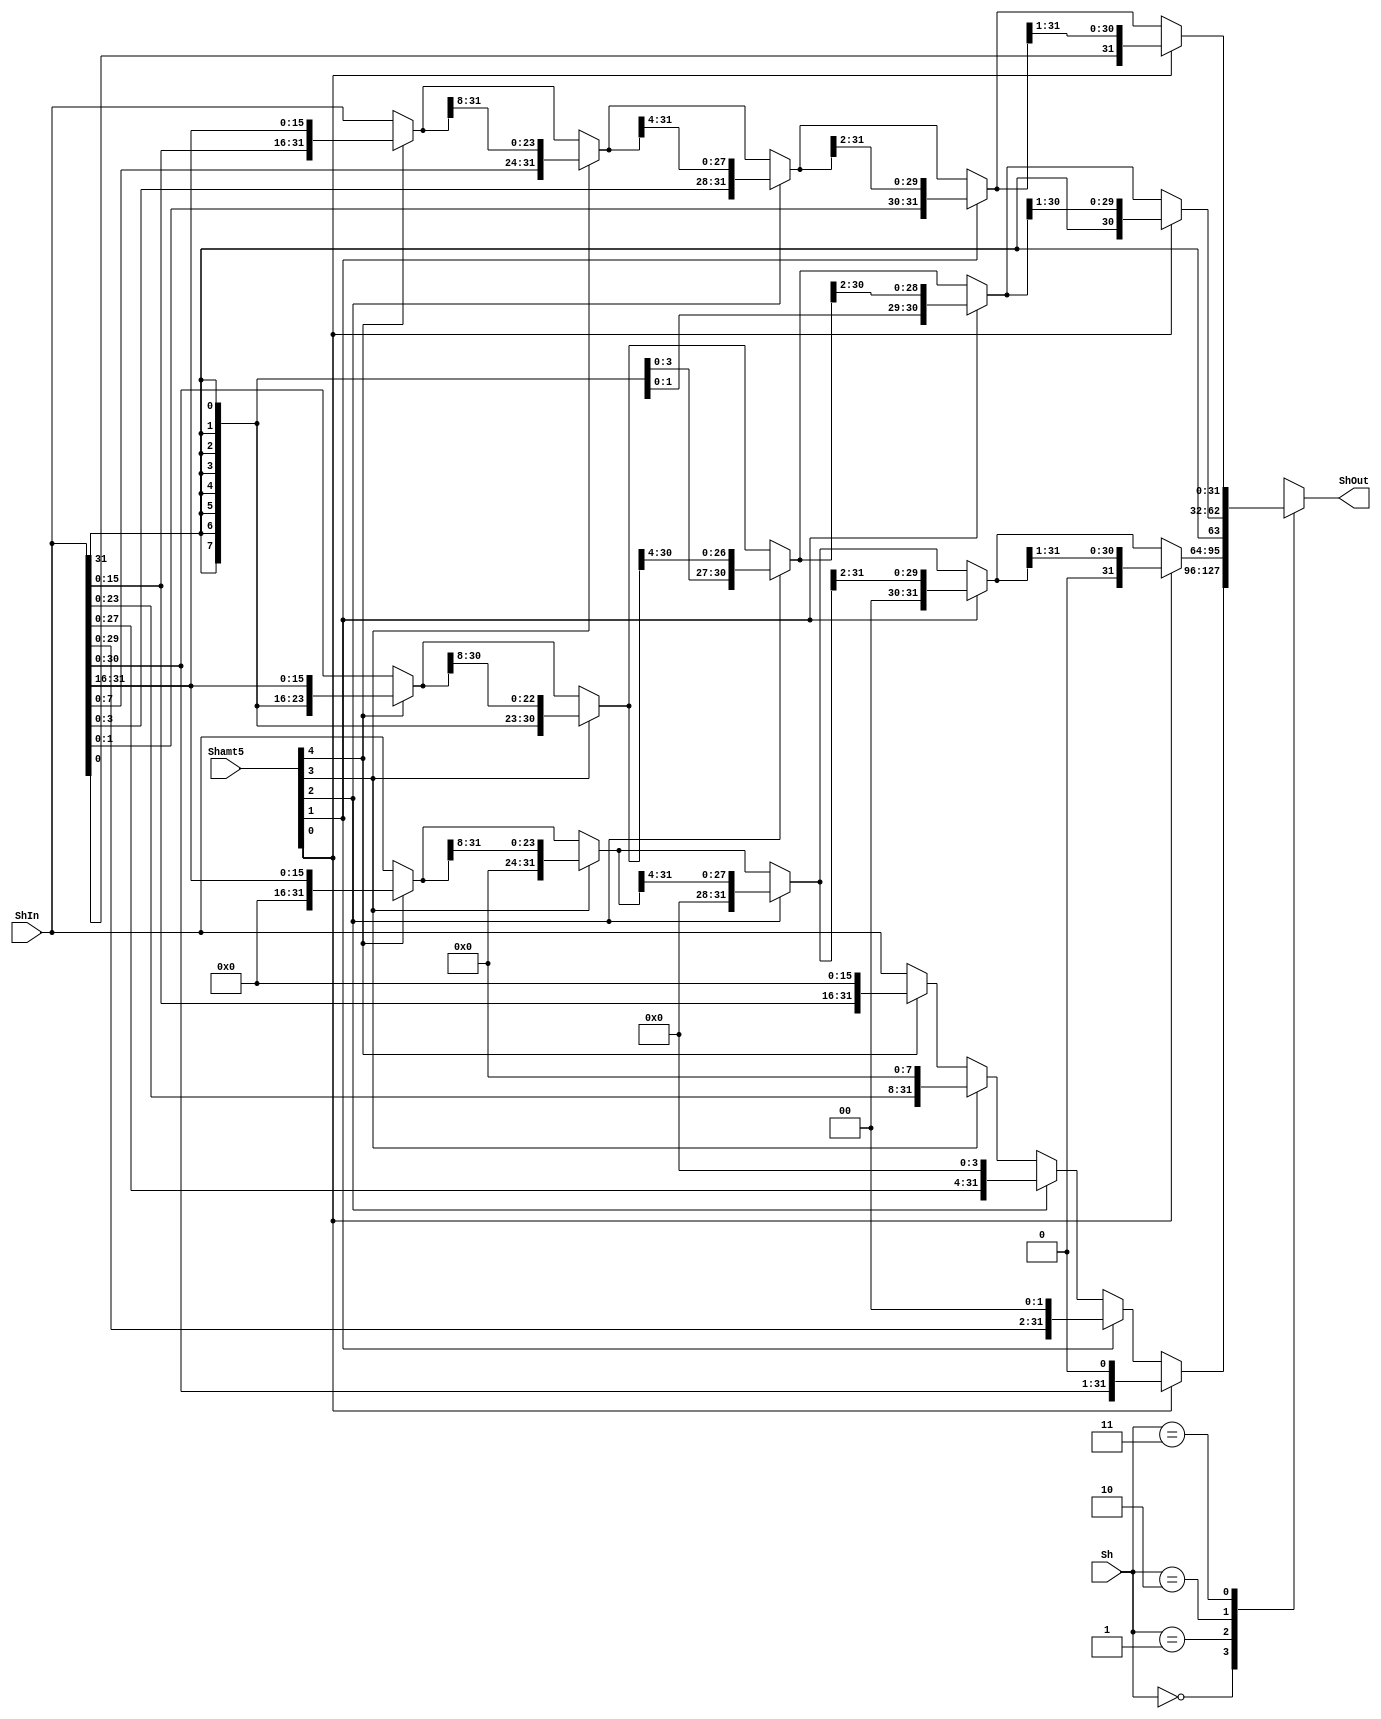
module Shifter(
    input [1:0] Sh,
    input [4:0] Shamt5,
    input [31:0] ShIn,
    
    output reg [31:0] ShOut
    );

    wire [31:0] LL16, LL8, LL4, LL2, LL1;
    assign LL16 = Shamt5[4] ? {ShIn[0+:16],16'd0}:(ShIn);
    assign LL8 = Shamt5[3] ? {ShIn[0+:24],8'd0}:(LL16);
    assign LL4 = Shamt5[2] ? {ShIn[0+:28],4'd0}:(LL8);
    assign LL2 = Shamt5[1] ? {ShIn[0+:30],2'd0}:(LL4);
    assign LL1 = Shamt5[0] ? {ShIn[0+:31],1'd0}:(LL2);

    wire [31:0] LR16, LR8, LR4, LR2, LR1;
    assign LR16 = Shamt5[4] ? {16'd0, ShIn[31-:16]}:(ShIn);
    assign LR8 = Shamt5[3] ? {8'd0, LR16[31-:24]}:(LR16);
    assign LR4 = Shamt5[2] ? {4'd0, LR8[31-:28]}:(LR8);
    assign LR2 = Shamt5[1] ? {2'd0, LR4[31-:30]}:(LR4);
    assign LR1 = Shamt5[0] ? {1'd0, LR2[31-:31]}:(LR2);

    wire [31:0] ASR16, ASR8, ASR4, ASR2, ASR1;
    assign ASR16 = Shamt5[4] ?  { {16{ShIn[31]}}, ShIn[31-:16]}:(ShIn);
    assign ASR8 = Shamt5[3] ?   { {8{ShIn[31]}}, ASR16[31-:24]}:(ASR16);
    assign ASR4 = Shamt5[2] ?   { {4{ShIn[31]}}, ASR8[31-:28]}:(ASR8);
    assign ASR2 = Shamt5[1] ?   { {2{ShIn[31]}}, ASR4[31-:30]}:(ASR4);
    assign ASR1 = Shamt5[0] ?   { {ShIn[31]}, ASR2[31-:31]}:(ASR2);

    wire [31:0] ROR16, ROR8, ROR4, ROR2, ROR1;
    assign ROR16 = Shamt5[4] ?  { ShIn[15:0], ShIn[31-:16]}:(ShIn);
    assign ROR8 = Shamt5[3] ?   { ShIn[7:0], ROR16[31-:24]}:(ROR16);
    assign ROR4 = Shamt5[2] ?   { ShIn[3:0], ROR8[31-:28]}:(ROR8);
    assign ROR2 = Shamt5[1] ?   { ShIn[1:0], ROR4[31-:30]}:(ROR4);
    assign ROR1 = Shamt5[0] ?   { ShIn[0], ROR2[31-:31]}:(ROR2);

    always @(*) begin
        case(Sh)
            2'b00:  ShOut = LL1;
            2'b01:  ShOut = LR1;
            2'b10:  ShOut = ASR1;
            2'b11:  ShOut = ROR1;
        endcase
    end
endmodule